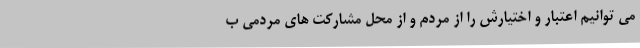
می توانیم اعتبار و اختیارش را از مردم و از محل مشارکت های مردمی ب